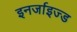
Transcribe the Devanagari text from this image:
इनर्जाइज्ड